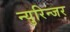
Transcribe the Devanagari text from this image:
न्युरिन्जर